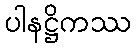
ပါနဋ္ဌိကဿ